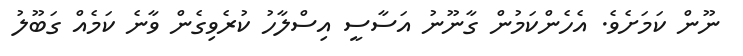
ނޫން ކަމަށެވެ. އެހެންކަމުން ގާނޫނު އަސާސީ އިސްލާހު ކުރެވިގެން ވާނެ ކަމެއް ގަބޫލު